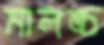
মালঙ্চ